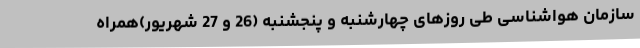
سازمان هواشناسی طی روزهای چهارشنبه و پنجشنبه (26 و 27 شهریور)همراه